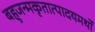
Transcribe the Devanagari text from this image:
बहुजन्मकृतात्पादयमर्थो